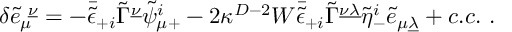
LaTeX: \delta { \tilde { e } } _ { \mu } ^ { \ \underline { { \nu } } } = - \bar { \tilde { \epsilon } } _ { + i } \tilde { \Gamma } ^ { \underline { { \nu } } } \tilde { \psi } _ { \mu + } ^ { i } - 2 \kappa ^ { D - 2 } W \bar { \tilde { \epsilon } } _ { + i } \tilde { \Gamma } ^ { \underline { { { \nu \lambda } } } } \tilde { \eta } _ { - } ^ { i } \tilde { e } _ { \mu \underline { { \lambda } } } + c . c . \ .